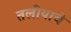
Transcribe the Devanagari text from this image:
तलीयाचे